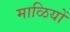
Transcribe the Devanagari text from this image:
माळियों